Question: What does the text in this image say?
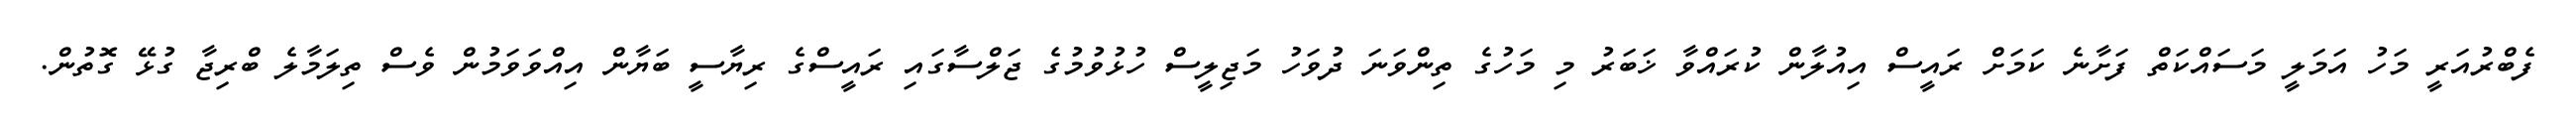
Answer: ފެބްރުއަރީ މަހު އަމަލީ މަސައްކަތް ފަށާނެ ކަމަށް ރައީސް އިއުލާން ކުރައްވާ ޚަބަރު މި މަހުގެ ތިންވަނަ ދުވަހު މަޖިލީސް ހުޅުވުމުގެ ޖަލްސާގައި ރައީސްގެ ރިޔާސީ ބަޔާން އިއްވަވަމުން ވެސް ތިލަމާލެ ބްރިޖާ ގުޅޭ ގޮތުން.